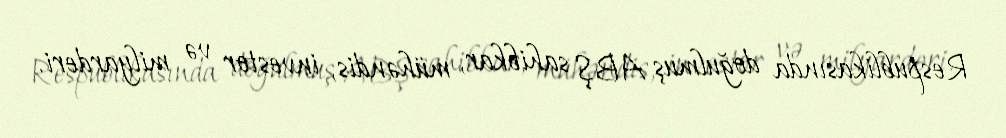
Respublikasında doğulmuş ABŞ sahibkar, mühəndis, investor və milyarderi.